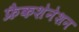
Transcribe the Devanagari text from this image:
फ्रैकशेनेशन